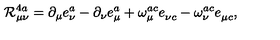
{ \cal R } _ { \mu \nu } ^ { 4 a } = \partial _ { \mu } e _ { \nu } ^ { a } - \partial _ { \nu } e _ { \mu } ^ { a } + \omega _ { \mu } ^ { a c } e _ { \nu c } ^ { } - \omega _ { \nu } ^ { a c } e _ { \mu c } ^ { } ,